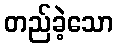
တည်ခဲ့သော